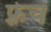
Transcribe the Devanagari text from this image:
फ़्रेच